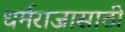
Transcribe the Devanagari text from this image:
धर्मराजासाठी